Civil Veterinary Department Bihar & Orissa reports 1929-36 - 1929-1936
Year: 1929
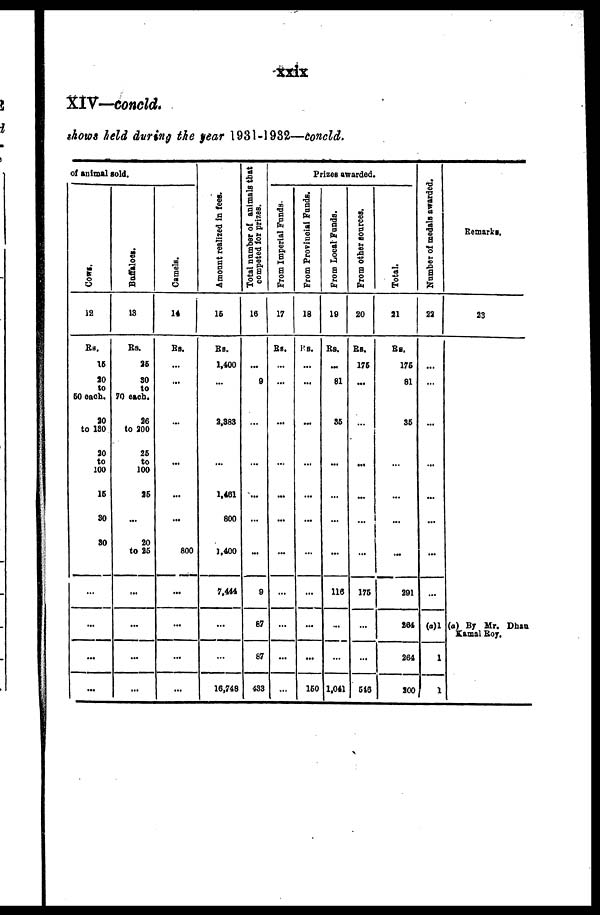
xxix
XIV—concld.
shows held during the year 1931-1982—doncld.
of animal sold.
Cows.
12
Rs.
16
30
to
50 each.
20
to 130
30
to
100
16
80
30
...
...
...
...
Buffaloes.
13
Rs.
36
30
to
70 each.
36
to 300
26
to
100
36
...
20
to 36
...
...
...
...
Camels.
14
Rs..
...
...
...
...
...
...
800
...
...
...
...
Amo u n t r eal i zed in fees.
15
Rs.
1,400
...
3,383
...
1,461
800
1,400
7,444
...
...
16,748
Total number of animals that
competed for prizes.
16
...
9
...
...
...
...
9
67
87
433
Prizes awarded.
From Imperial Funds.
17
Rs.
...
...
...
...
...
...
...
...
...
...
...
From Provincial Funds.
18
Rs.
...
...
...
...
...
...
...
...
...
...
160
From Local Funds.
19
Rs.
...
81
36
...
...
...
...
116
...
...
1.041
From other sources.
20
Rs.
176
...
...
...
...
...
...
176
...
...
516
Total.
21
Rs.
176
81
35
...
...
...
...
291
264
264
300
Number of medals awarded.
22
...
...
...
...
...
...
...
...
(a)1
1
1
Remarks.
23
(a) By Mr. Dhan
Kamal Roy.